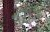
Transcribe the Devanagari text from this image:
कालव्यासारखे